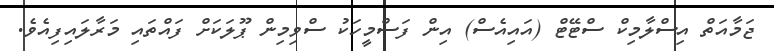
ޖަމާއަތް އިސްލާމިކް ސްޓޭޓް (އައިއެސް) އިން ފަސްމީހަކު ސްވިމިން ޕޫލަކަށް ފައްތައި މަރާލައިފިއެވެ.